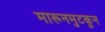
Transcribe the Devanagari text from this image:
मारूनमुटकून